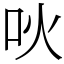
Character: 吙